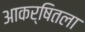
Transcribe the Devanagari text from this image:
आकर्षितला